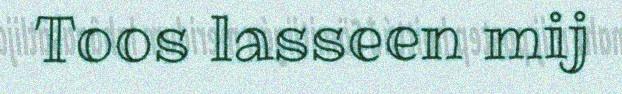
Toos lasseen mij